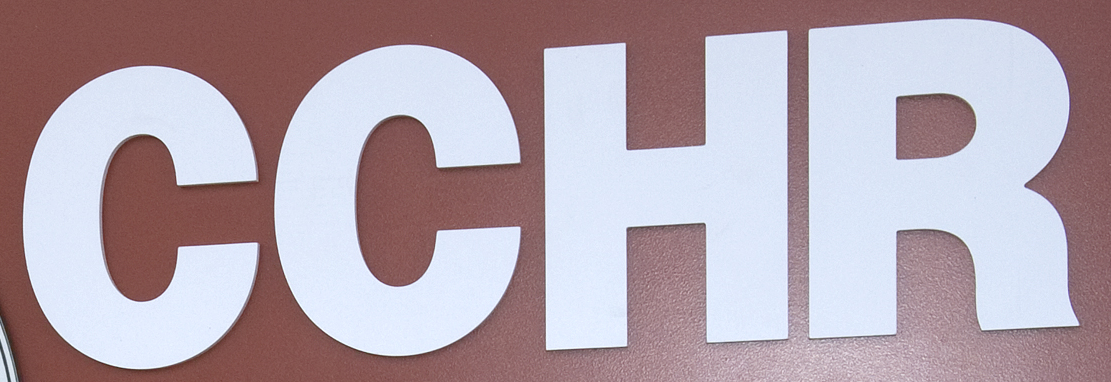
CCHR